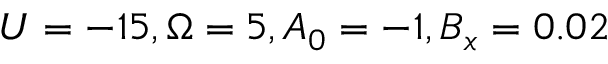
U = - 1 5 , \Omega = 5 , A _ { 0 } = - 1 , B _ { x } = 0 . 0 2